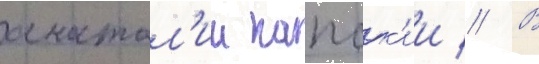
анатол'ии капск'ии // В